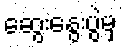
ဆွေးနွေးပွဲမှ